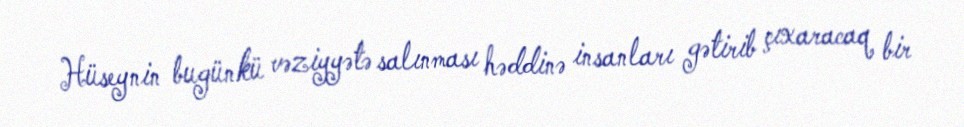
Hüseynin bugünkü vəziyyətə salınması həddinə insanları gətirib çıxaracaq bir